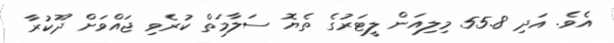
އެވެ. އަދި 55.8 މިލިއަން ލީޓަރުގެ ތެޔޮ ސަލާމަތް ކުރެވި ޖައްވަށް ދޫކުރާ